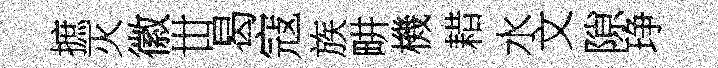
摭灭徽丗曷寇族畊機耤水文隙琤